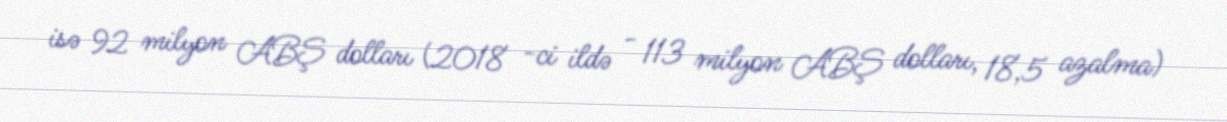
isə 92 milyon ABŞ dolları (2018 -ci ildə - 113 milyon ABŞ dolları, 18,5 azalma)